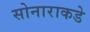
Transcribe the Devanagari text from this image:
सोनाराकडे